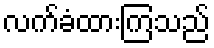
လက်ခံထားကြသည်